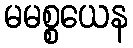
မမစ္စယေန